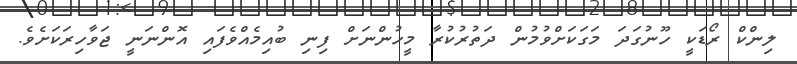
ލިންކް ރޯޑަކީ ހޫނުގަދަ މަގަކަށްވުމުން ދަތުރުކުރާ މީހުންނަށް ފިނި ބުއިމެއްވެފައި އޮންނަނީ ޖަވާހިރަކަށެވެ.